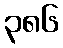
၃၈၆